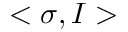
< \sigma , I >